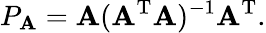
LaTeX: P_{\mathbf{A}}=\mathbf{A}(\mathbf{A}^{\mathrm{{T}}}\mathbf{A})^{-1}\mathbf{A}^{\mathrm{{T}}}.